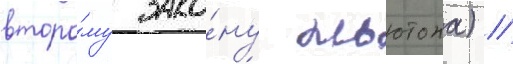
второ́му зако́ну ньютона) //